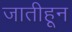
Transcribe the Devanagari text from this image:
जातीहून